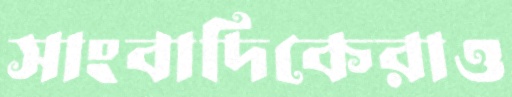
সাংবাদিকেরাও